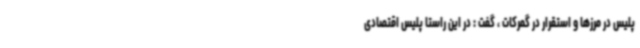
پلیس در مرزها و استقرار در گمرکات ، گفت : در این راستا پلیس اقتصادی